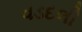
વડદલી